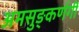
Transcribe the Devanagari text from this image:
अमसुङ्कर्णगी